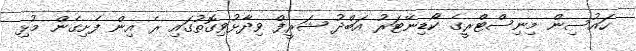
ހައުސިން މިނިސްޓްރީގެ ކޯޑިނޭޓަރު އަބްދު ޝަރީފް ވިދާޅުވިގޮތުގައި ރެ އިން ފެށިގެން މުޅި